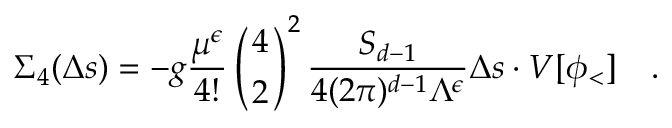
\Sigma _ { 4 } ( \Delta s ) = - { g } { \frac { \mu ^ { \epsilon } } { 4 ! } } \left( { 4 \atop 2 } \right) ^ { 2 } { \frac { S _ { d - 1 } } { 4 ( 2 \pi ) ^ { d - 1 } \Lambda ^ { \epsilon } } } \Delta s \cdot V [ \phi _ { < } ] \quad .